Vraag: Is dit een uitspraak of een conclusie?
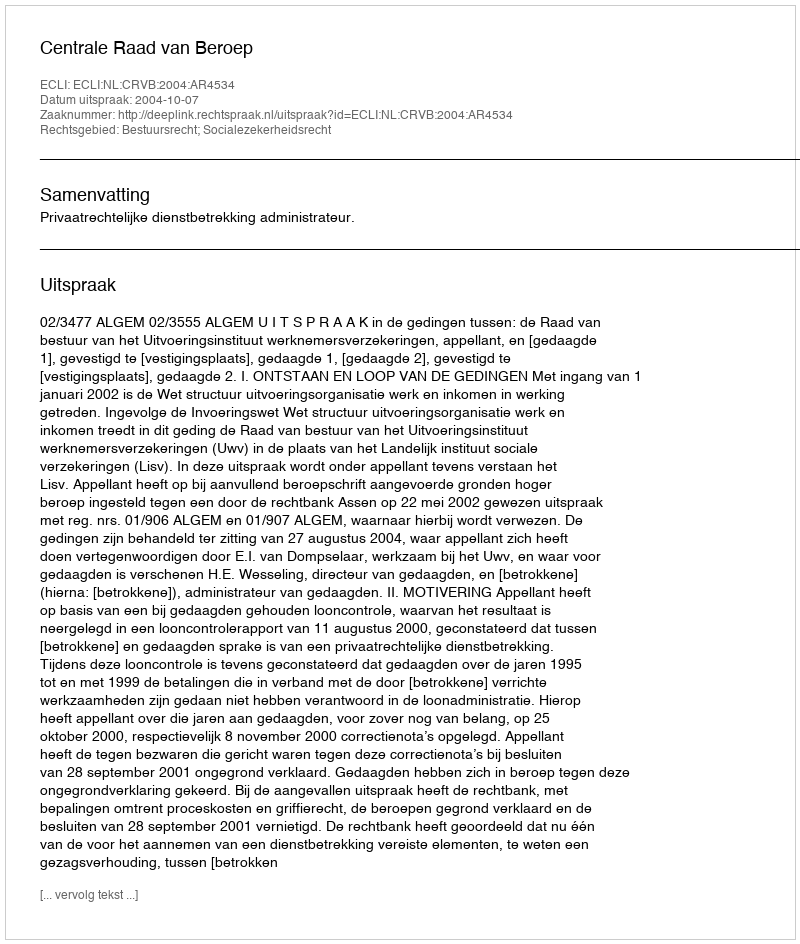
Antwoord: Uitspraak